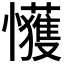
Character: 𫻞